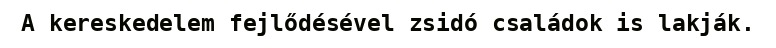
A kereskedelem fejlődésével zsidó családok is lakják.